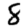
Digit: 8